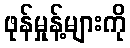
ဖုန်မှုန့်များကို